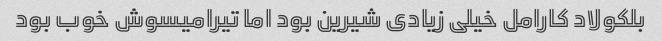
بلکولاد کارامل خیلی زیادی شیرین بود اما تیرامیسوش خوب بود